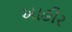
આહીર